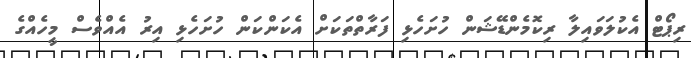
ރިޕޯޓް އެކުލަވައިލާ ރިކޮމެންޑޭޝަން ހުށަހެޅި ފަރާތްތަކަށް އެކަންކަން ހުށަހެޅި އިރު އެއްވެސް މީހެއްގެ